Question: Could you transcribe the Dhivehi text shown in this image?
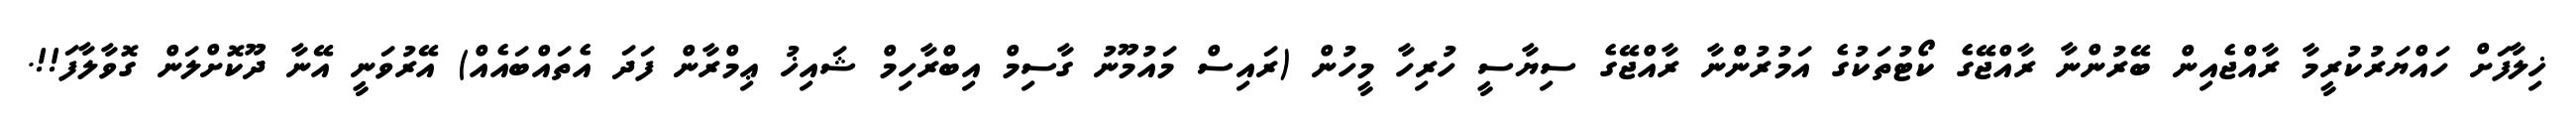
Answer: ޚިލާފަށް ހައްޔަރުކުރީމާ ރާއްޖެއިން ބޭރުންނާ ރާއްޖޭގެ ކޯޓުތަކުގެ އަމުރުންނާ ރާއްޖޭގެ ސިޔާސީ ހުރިހާ މީހުން (ރައިސް މައުމޫނު ގާސިމް އިބްރާހިމް ޝައިޚު ޢިމްރާން ފަދަ އެތައްބައެއް) އޭރުވަނީ އޭނާ ދޫކޮށްލަން ގޮވާލާފަ!!.